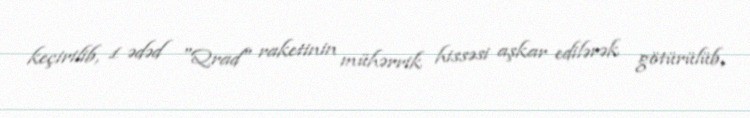
keçirilib, 1 ədəd "Qrad" raketinin mühərrik hissəsi aşkar edilərək götürülüb,